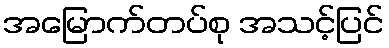
အမြောက်တပ်စု အသင့်ပြင်